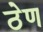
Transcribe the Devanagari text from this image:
ठेण